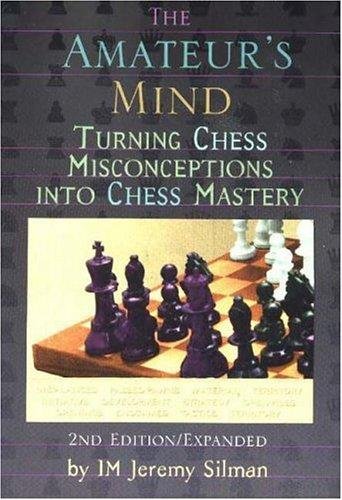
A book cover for The Amateur's Mind: Turning Chess Misconceptions into Chess Mastery; Jeremy Silman; Humor & Entertainment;